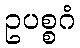
ဥပစ္စဂံ